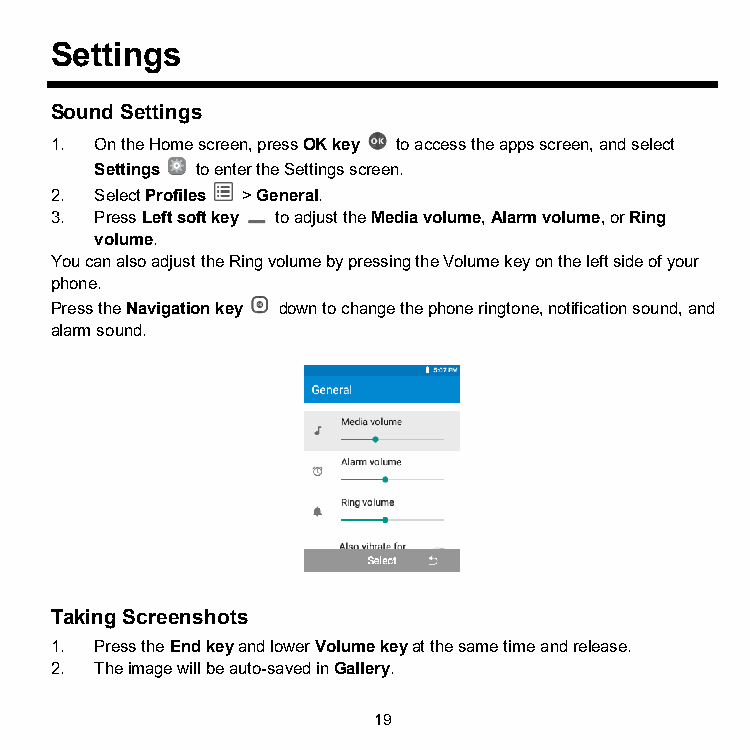
Settings
 Sound Settings
 1. On the Home screen, press OK key to access the apps screen, and select
 Settings to enter the Settings screen.
 2. Select Profiles > General.
 3. Press Left soft key to adjust the Media volume, Alarm volume, or Ring
 volume.
 You can also adjust the Ring volume by pressing the Volume key on the left side of your
 phone.
 Press the Navigation key down to change the phone ringtone, notification sound, and
 alarm sound.
 Taking Screenshots
 1. Press the End key and lower Volume key at the same time and release.
 2. The image will be auto-saved in Gallery.
 19